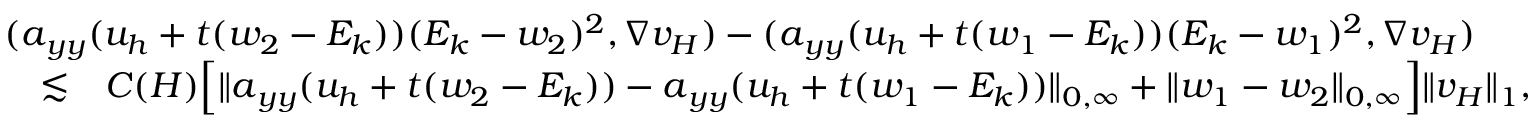
\begin{array} { r l r } { \lefteqn { ( \boldsymbol { a } _ { y y } ( u _ { h } + t ( w _ { 2 } - E _ { k } ) ) ( E _ { k } - w _ { 2 } ) ^ { 2 } , \nabla v _ { H } ) - ( \boldsymbol { a } _ { y y } ( u _ { h } + t ( w _ { 1 } - E _ { k } ) ) ( E _ { k } - w _ { 1 } ) ^ { 2 } , \nabla v _ { H } ) } } \\ & { \lesssim } & { C ( H ) \Big [ \| \boldsymbol { a } _ { y y } ( u _ { h } + t ( w _ { 2 } - E _ { k } ) ) - \boldsymbol { a } _ { y y } ( u _ { h } + t ( w _ { 1 } - E _ { k } ) ) \| _ { 0 , \infty } + \| w _ { 1 } - w _ { 2 } \| _ { 0 , \infty } \Big ] \| v _ { H } \| _ { 1 } , } \end{array}